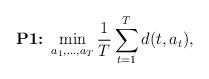
LaTeX: \begin{align*} \textbf{P1:}~\min_{a_1,...,a_T} \frac{1}{T}\sum_{t=1}^{T}d(t,a_t), \end{align*}